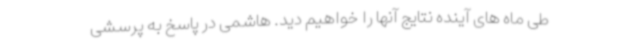
طی ماه های آینده نتایج آنها را خواهیم دید. هاشمی در پاسخ به پرسشی